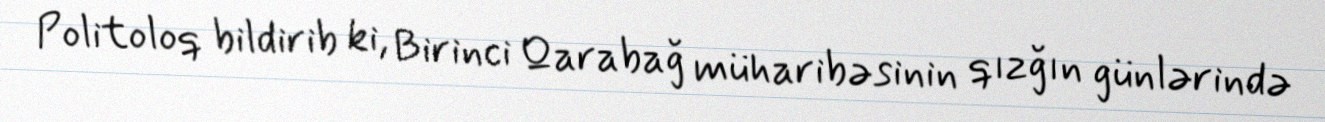
Politoloq bildirib ki, Birinci Qarabağ müharibəsinin qızğın günlərində